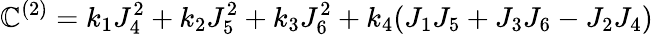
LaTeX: \mathbb{C}^{(2)}=k_{1}J_{4}^{2}+k_{2}J_{5}^{2}+k_{3}J_{6}^{2}+k_{4}(J_{1}J_{5}+J_{3}J_{6}-J_{2}J_{4})